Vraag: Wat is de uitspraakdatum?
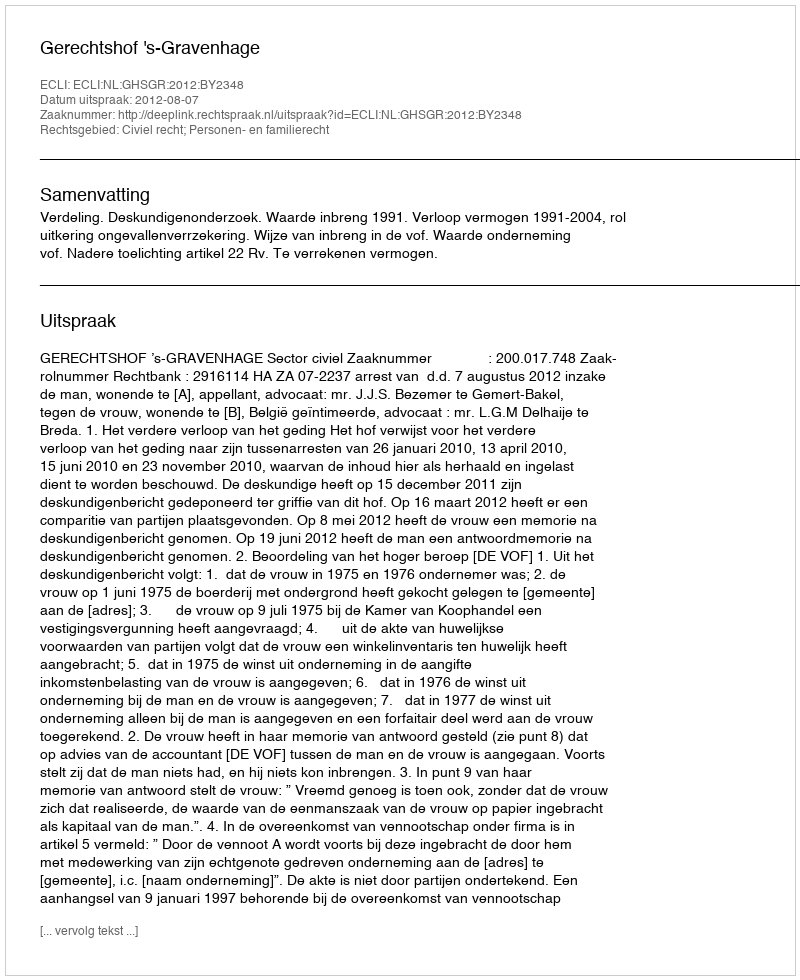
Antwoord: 2012-08-07